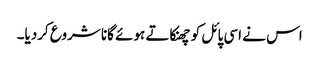
اس نے اسی پائل کو چھنکاتے ہوئے گانا شروع کردیا۔